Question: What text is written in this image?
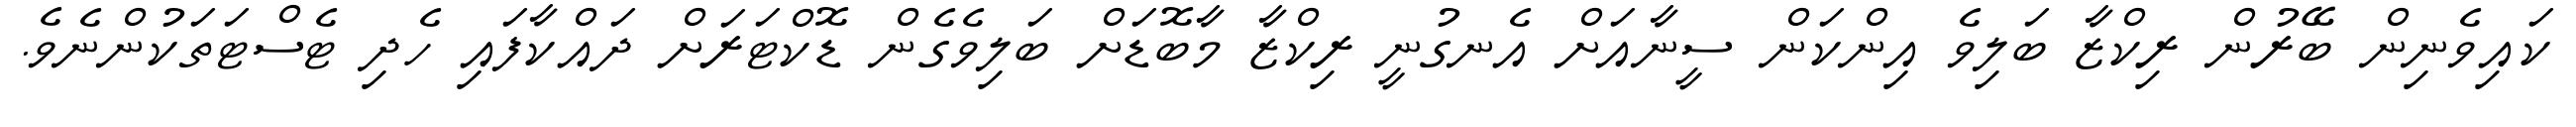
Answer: ކައިވެނިން ބޭރުން ރިކްޒާ ބަލިވެ އިންކަން ސީނާއަށް އެނގުނީ ރިކްޒާ މާބޮޑަށް ބަލިވެގެން ޑޮކްޓަރަށް ދައްކާފައި ހެދި ޓެސްޓަތަކުންނެވެ.